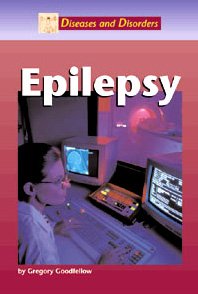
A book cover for Epilepsy (Diseases and Disorders); Greg Goodfellow; Health, Fitness & Dieting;